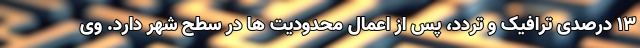
۱۳ درصدی ترافیک و تردد، پس از اعمال محدودیت ها در سطح شهر دارد. وی